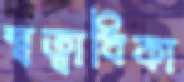
স্বত্বাধিকা